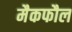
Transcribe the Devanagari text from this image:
मैकफौल